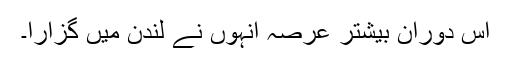
اس دوران بیشتر عرصہ انہوں نے لندن میں گزارا۔